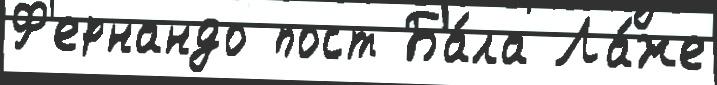
Ф'ернандо пост Ба́ла Ла́же